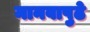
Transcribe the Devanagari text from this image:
मानवापुढे